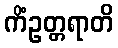
ကိံဥတ္တရာတိ